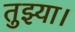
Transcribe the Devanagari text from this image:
तुझ्या।